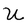
Character: U